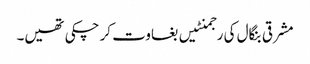
مشرقی بنگال کی رجمنٹیں بغاوت کر چکی تھیں۔